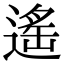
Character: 遙